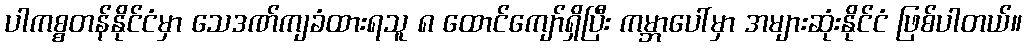
ပါကစ္စတန်နိုင်ငံမှာ သေဒဏ်ကျခံထားရသူ ၈ ထောင်ကျော်ရှိပြီး ကမ္ဘာပေါ်မှာ အများဆုံးနိုင်ငံ ဖြစ်ပါတယ်။